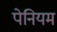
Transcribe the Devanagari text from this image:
पेनियम